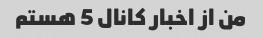
من از اخبار کانال 5 هستم